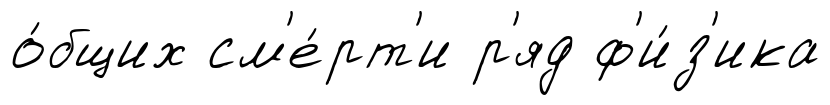
о́бщих см'е́рт'и р'яд ф'и́з'ика